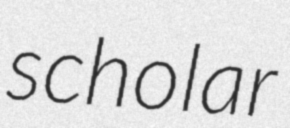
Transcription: scholar